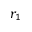
r _ { 1 }